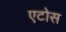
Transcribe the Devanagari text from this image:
एटोस